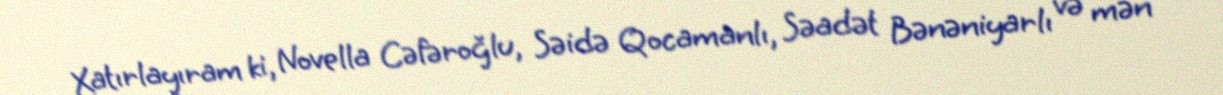
Xatırlayıram ki, Novella Cəfəroğlu, Səidə Qocamanlı, Səadət Bənəniyarlı və mən